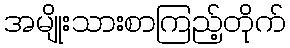
အမျိုးသားစာကြည့်တိုက်